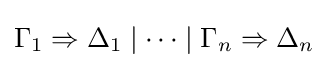
\Gamma _{1}\Rightarrow \Delta _{1}\mid \cdots \mid \Gamma _{n}\Rightarrow \Delta _{n}